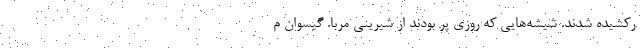
رکشیده شدند. شیشه‌هایی که روزی پُر بودند از شیرینی مربا. گیسوان م